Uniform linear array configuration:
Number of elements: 16
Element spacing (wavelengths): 0.25
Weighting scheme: hann
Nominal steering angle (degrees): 45
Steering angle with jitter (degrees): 43.138
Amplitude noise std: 0.05
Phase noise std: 0.05

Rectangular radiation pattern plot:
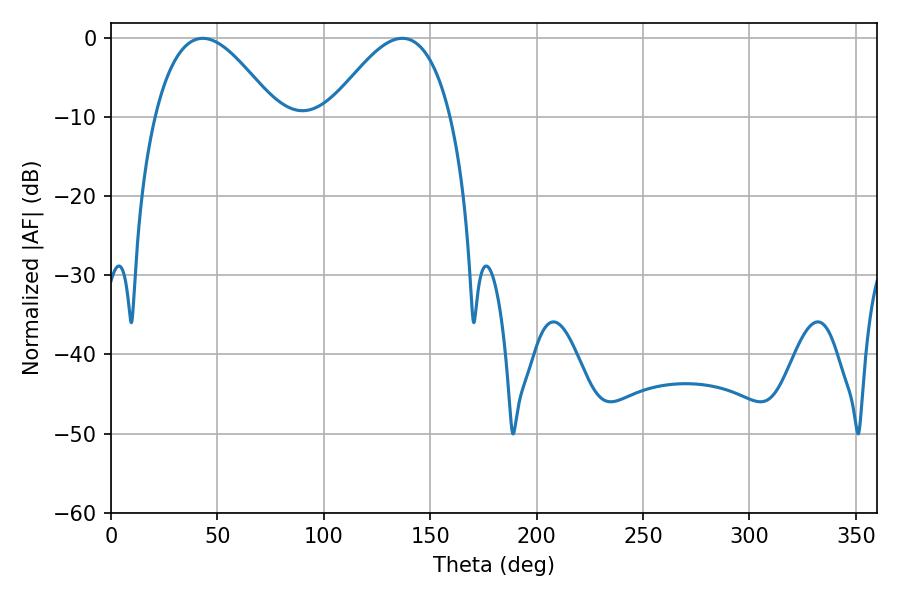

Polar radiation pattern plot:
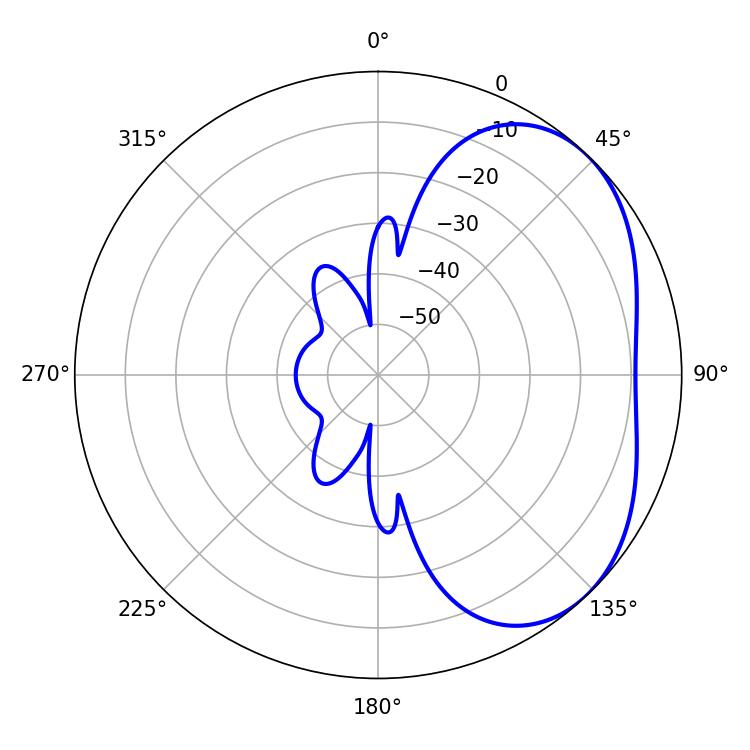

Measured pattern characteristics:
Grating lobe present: FALSE
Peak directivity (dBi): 3.593
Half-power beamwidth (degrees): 30.96
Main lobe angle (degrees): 43.2